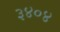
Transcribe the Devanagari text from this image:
३४०४